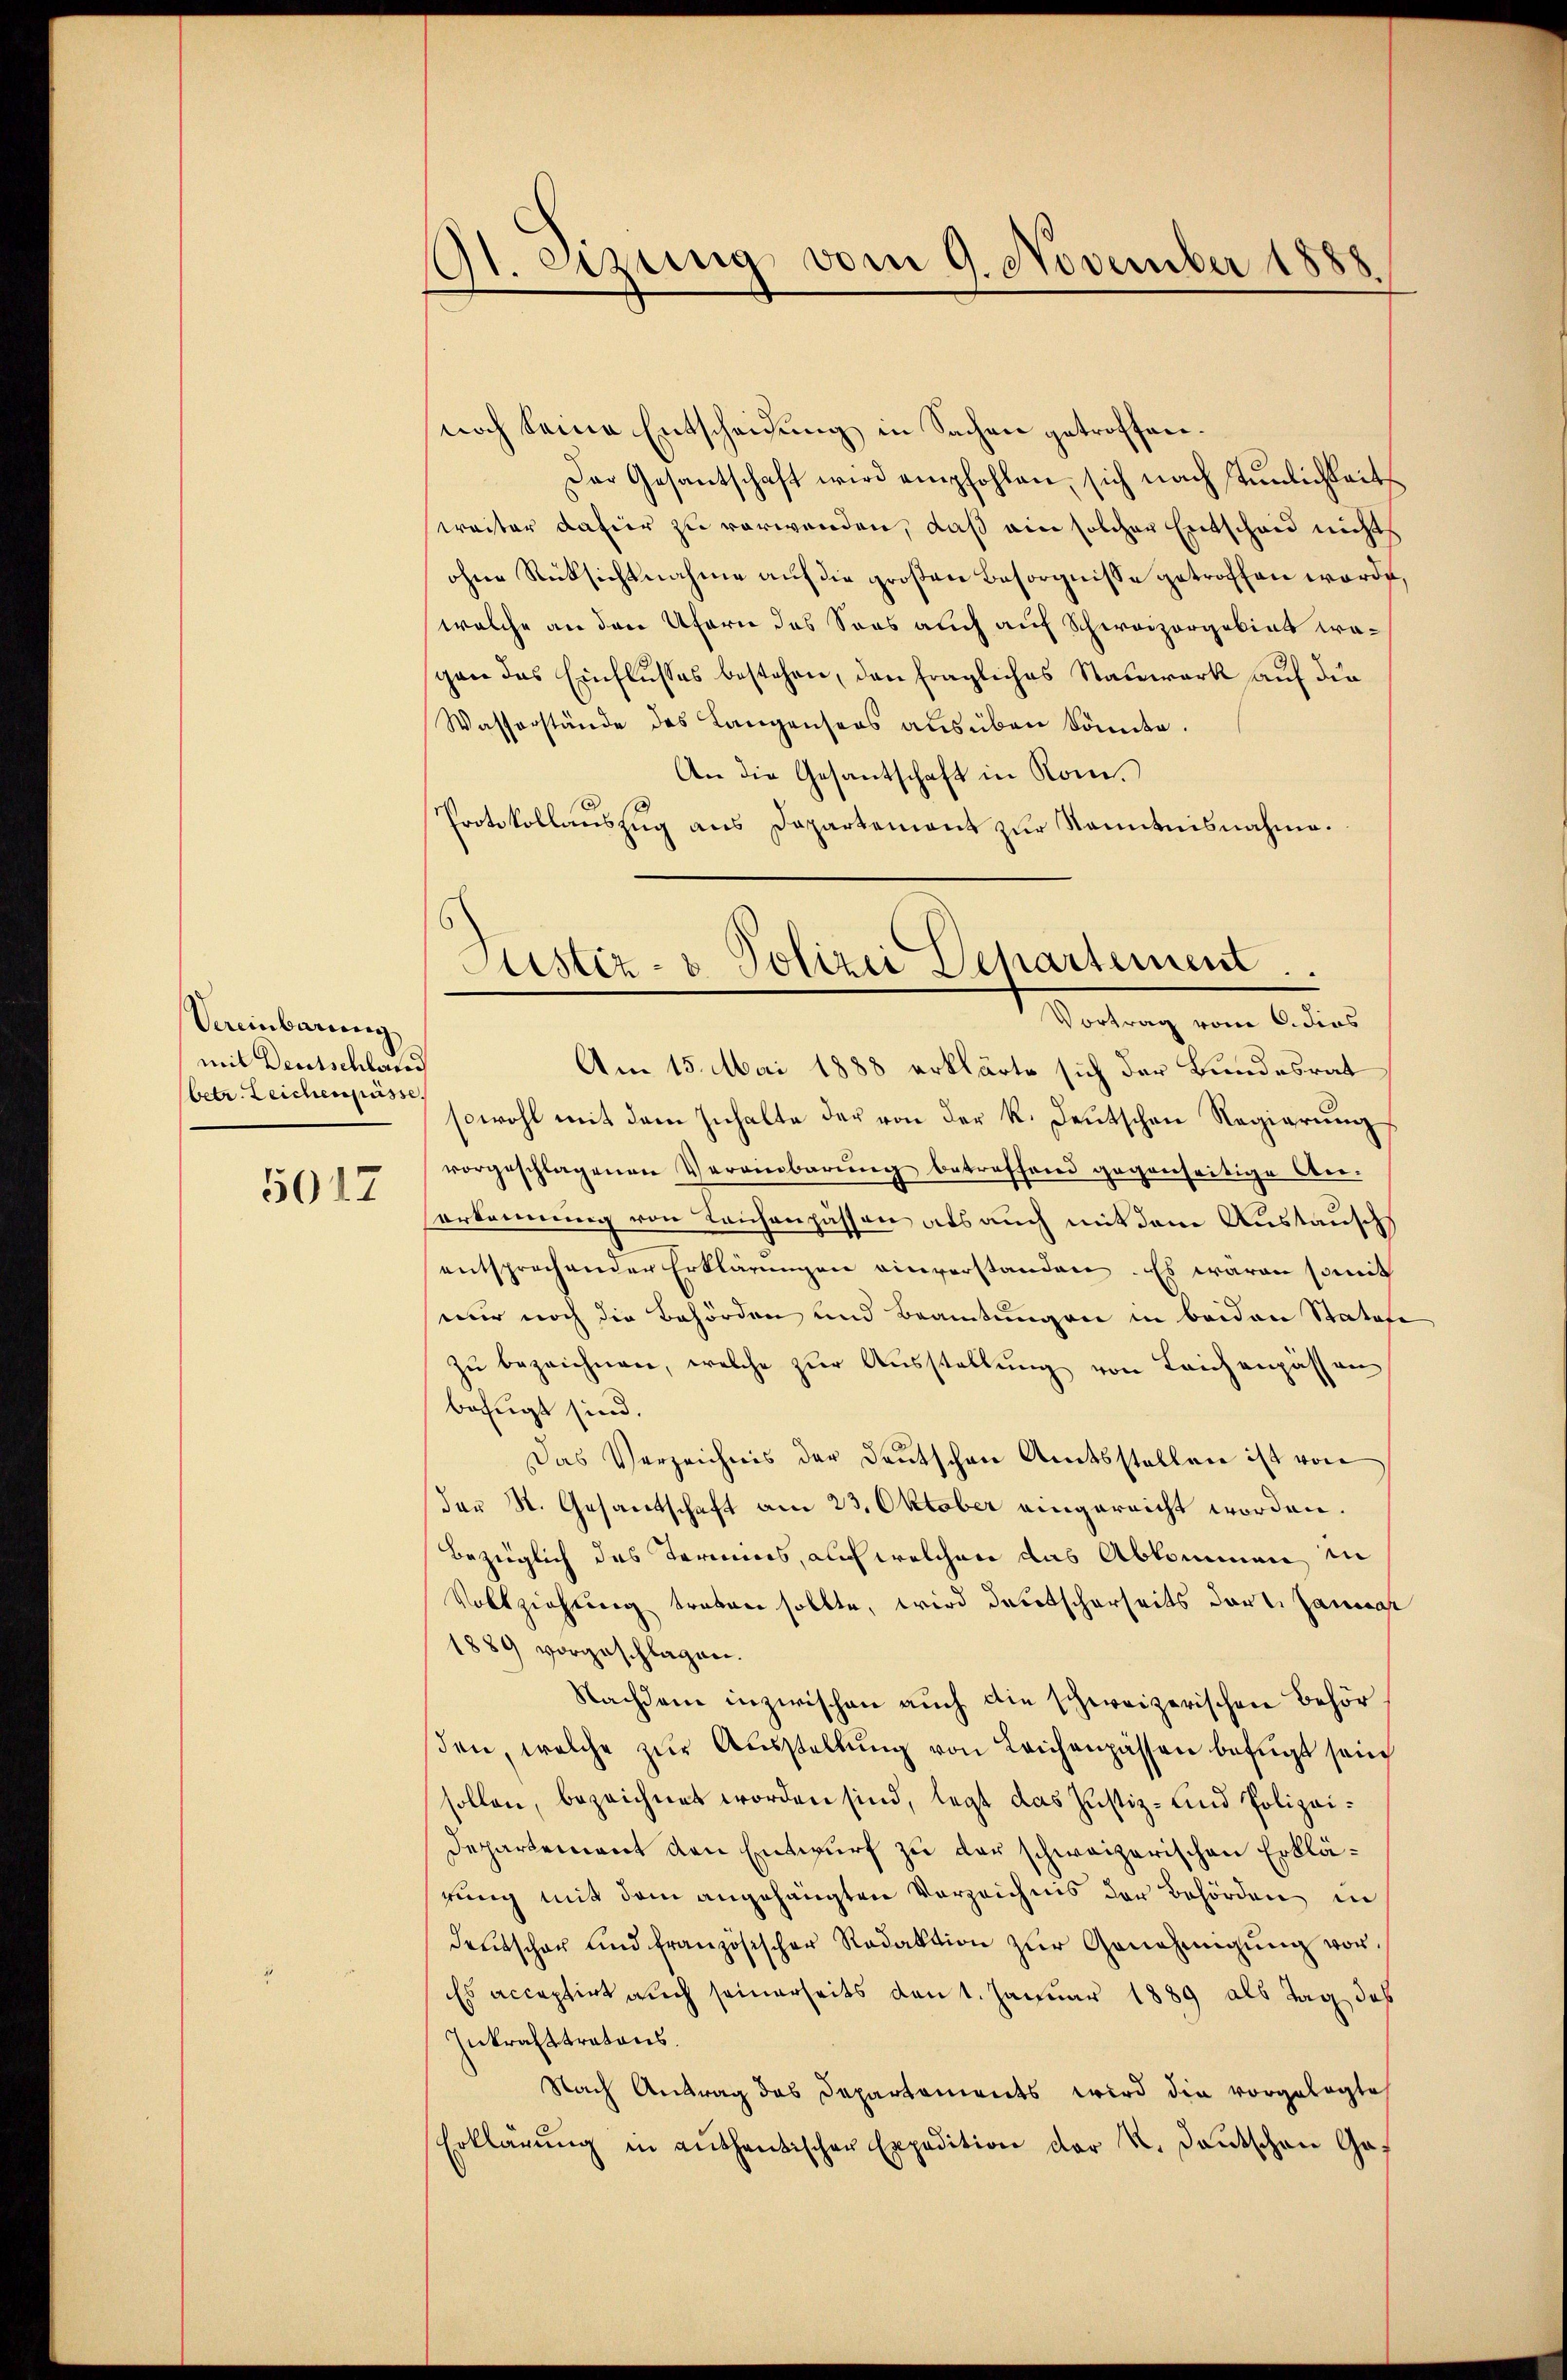
Vereinbarung
mit Deutschland
betr. Leichengüsse.
5017

191. eizung vom 9. November 1888
.

noch keine Entscheidung in Sachen getroffen.
Der Gesantschaft wird empfohlen, sich nach Tunlichkeits
weiter datier zu verwenden, daß ein solcher Entscheid nichts
ohne Rücksichtnahme auf die großen Besorgnisse getroffen worde
welche an den Ufern des Soos auch auf Schweizorgokirt wagen das Einflusses bestehen, den fragliches Stauwark auf die
Wasserstände des Langensers ausüben könnte.
An die Gesantschaft in Rom.
.
Protokollenszug aus Dapartement zur Kenntnisnahme.
Vortrag vom 6. dies
Am 15. Mai 1888 erklärte sich der Bundesrat
sowohl mit dem Inhalte der von der k. Deutschen Regierung
vorgeschlagenen Vereinbarŭng betreffend gegenseitige An-
erkennung von Leichenpässen als auch mit dem Austausch
entsprechender Erklärŭngen einverstanden. Es waren somit
wir noch die Behörden und Beamtungen in beiden Statafe
zu bezeichnen, welche zur Ausstellung von Leichenpässen
befugt sind.
Das Verzeichnis der Deutschen Amtsstellen ist von
der St. Gesantschaft am 23. Oktober eingereicht worden.
bezüglich des Termins, auch welchen das Abkommen in
Vollziehung treten sollte, wird deretscherseits der Janua
1889 vorgeschlagen.
Nachdem inzwischen auch die schweizerischen Behörsden, welche zŭr Aŭsstellŭng von Leichenpassen befugt sein
sollen, bezeichnet worden sind, legt das Justiz- und Polizei¬
Departement den Entwurf zu der schweizerischen Erklärung mit dem angehängten Vorzeichnis der Behörden in
deŭtscher und französischer Redaktion zŭr Genehmigŭng vor-
Es acceptirt auch seinerseits den 1. Januar 1889 als Tag des
Inkrafttratons.
Nach Antrag des Departements wird die vorgelegte
Erklärung in anthentischer Expedition der K. Deutschen Ga-

Justiz- & Polizei Dehartement.